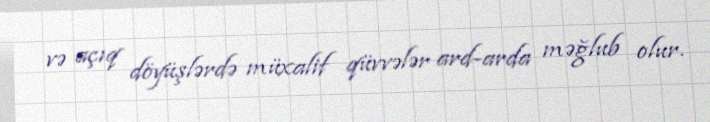
və açıq döyüşlərdə müxalif qüvvələr ard-arda məğlub olur.